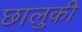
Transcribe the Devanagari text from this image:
छालुकी